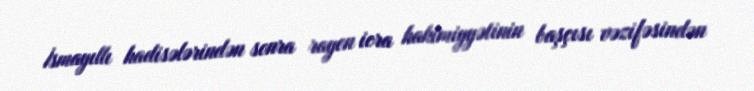
İsmayıllı hadisələrindən sonra rayon icra hakimiyyətinin başçısı vəzifəsindən